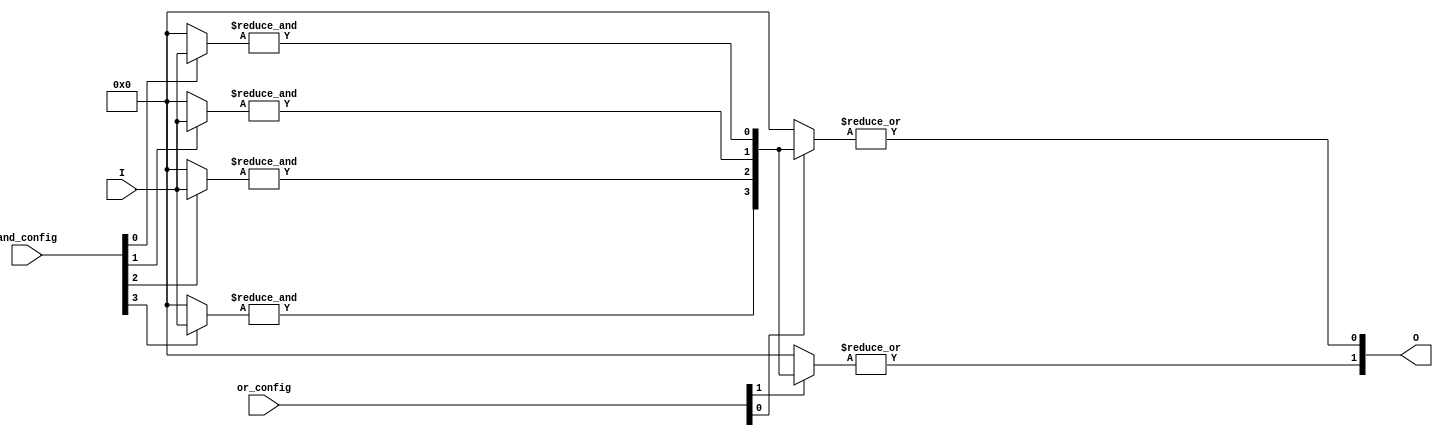
module SPAL #(
    parameter N = 4, // Number of input signals
    parameter K = 4, // Number of AND gates
    parameter L = 2  // Number of OR gates
)(
    input wire [N-1:0] I, // Input signals
    input wire [K-1:0] and_config, // Configuration for AND gates
    input wire [L-1:0] or_config, // Configuration for OR gates
    output wire [L-1:0] O // Output signals
);

// Programmable AND array
wire [K-1:0] product_terms; // Product terms from AND gates

genvar i, j;
generate
    for (i = 0; i < K; i = i + 1) begin : and_array
        wire [N-1:0] and_inputs;
        assign and_inputs = and_config[i] ? I : {N{1'b0}}; // Select inputs based on config
        assign product_terms[i] = &and_inputs; // AND operation
    end
endgenerate

// Programmable OR array
generate
    for (j = 0; j < L; j = j + 1) begin : or_array
        wire [K-1:0] or_inputs;
        assign or_inputs = or_config[j] ? product_terms : {K{1'b0}}; // Select product terms based on config
        assign O[j] = |or_inputs; // OR operation
    end
endgenerate

endmodule